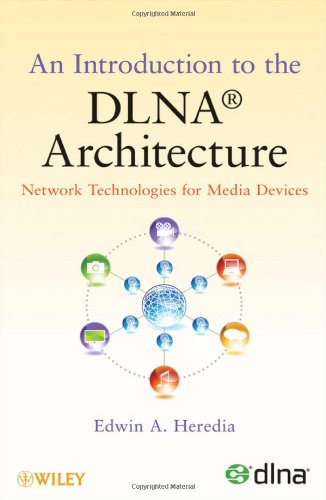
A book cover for An Introduction to the DLNA Architecture: Network Technologies for Media Devices; Edwin A. Heredia; Computers & Technology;